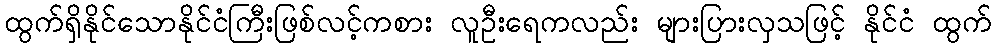
ထွက်ရှိနိုင်သောနိုင်ငံကြီးဖြစ်လင့်ကစား လူဦးရေကလည်း များပြားလှသဖြင့် နိုင်ငံ ထွက်